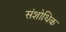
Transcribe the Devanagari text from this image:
संशोधिक